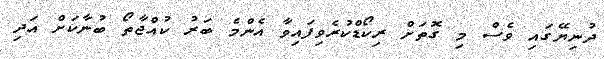
ދުނިޔޭގައި ވެސް މި ގޮތަށް ރިކޯޑްކުރެވިފައިވާ އެންމެ ބަރު ކުއްޖާތޯ ބުނާކަށް އަދި